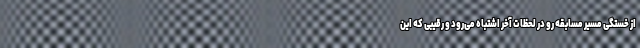
از خستگى مسير مسابقه رو در لحظات آخر اشتباه می‌رود و رقيبى كه اين